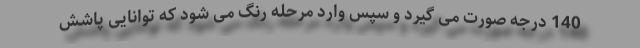
140 درجه صورت می گیرد و سپس وارد مرحله رنگ می شود که توانایی پاشش